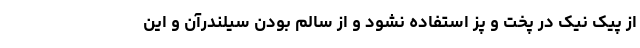
از پیک نیک در پخت و پز استفاده نشود و از سالم بودن سیلندرآن و این